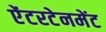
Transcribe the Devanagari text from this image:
ऐंटरटेनमेंट